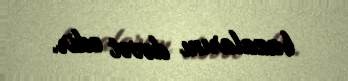
bazalarını dəvət edir.